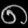
Digit: ၈